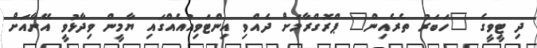
ދި ޓީވީގެ "ހަބަރު ތެރެއިން" ޕްރޮގްރާމަށް ދެއްވި އިންޓަވިއުއެއްގައި ޔާމީން ވިދާޅުވީ އޭނާއަށް